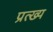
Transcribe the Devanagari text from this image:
प्रत्ख्य